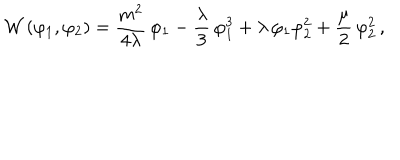
{ \cal W } \, ( \varphi _ { 1 } , \varphi _ { 2 } ) = \frac { m ^ { 2 } } { 4 \lambda } \, \varphi _ { 1 } - \frac { \lambda } { 3 } \, \varphi _ { 1 } ^ { 3 } + \lambda \, \varphi _ { 1 } \varphi _ { 2 } ^ { 2 } + \frac { \mu } { 2 } \, \varphi _ { 2 } ^ { 2 } \, ,